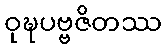
ဝုဍ္ဎပဗ္ဗဇိတဿ